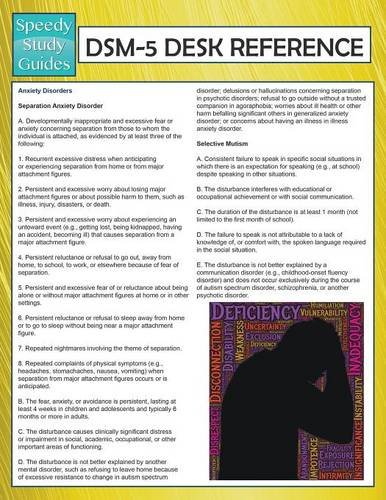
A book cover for DSM-5 Desk Reference (Speedy Study Guides); Speedy Publishing LLC; Medical Books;